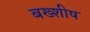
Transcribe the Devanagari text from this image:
बख्शीष